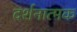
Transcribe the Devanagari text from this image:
दर्शनात्मक